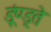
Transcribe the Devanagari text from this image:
डूंण्ड्ते